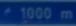
1000 m